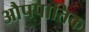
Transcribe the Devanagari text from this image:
औपपातिक